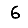
Digit: 6